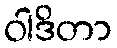
ဝါဒိတာ